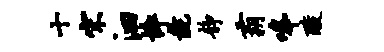
十宋汩悴彘静霸嗥酸